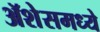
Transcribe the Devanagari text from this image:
ॲशेसमध्ये